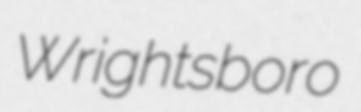
Wrightsboro